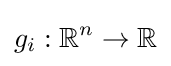
g_{i}:\mathbb {R} ^{n}\to \mathbb {R}